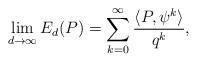
LaTeX: \begin{align*} \lim_{d\rightarrow\infty}E_d(P) = \sum_{k=0}^\infty \frac{\langle P, \psi^k \rangle}{q^k},\end{align*}